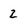
Character: Z